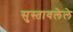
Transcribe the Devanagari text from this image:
सुस्तावलेले